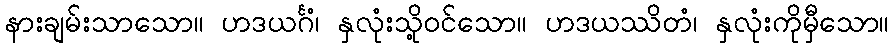
နားချမ်းသာသော။ ဟဒယင်္ဂံ၊ နှလုံးသို့ဝင်သော။ ဟဒယဿိတံ၊ နှလုံးကိုမှီသော။